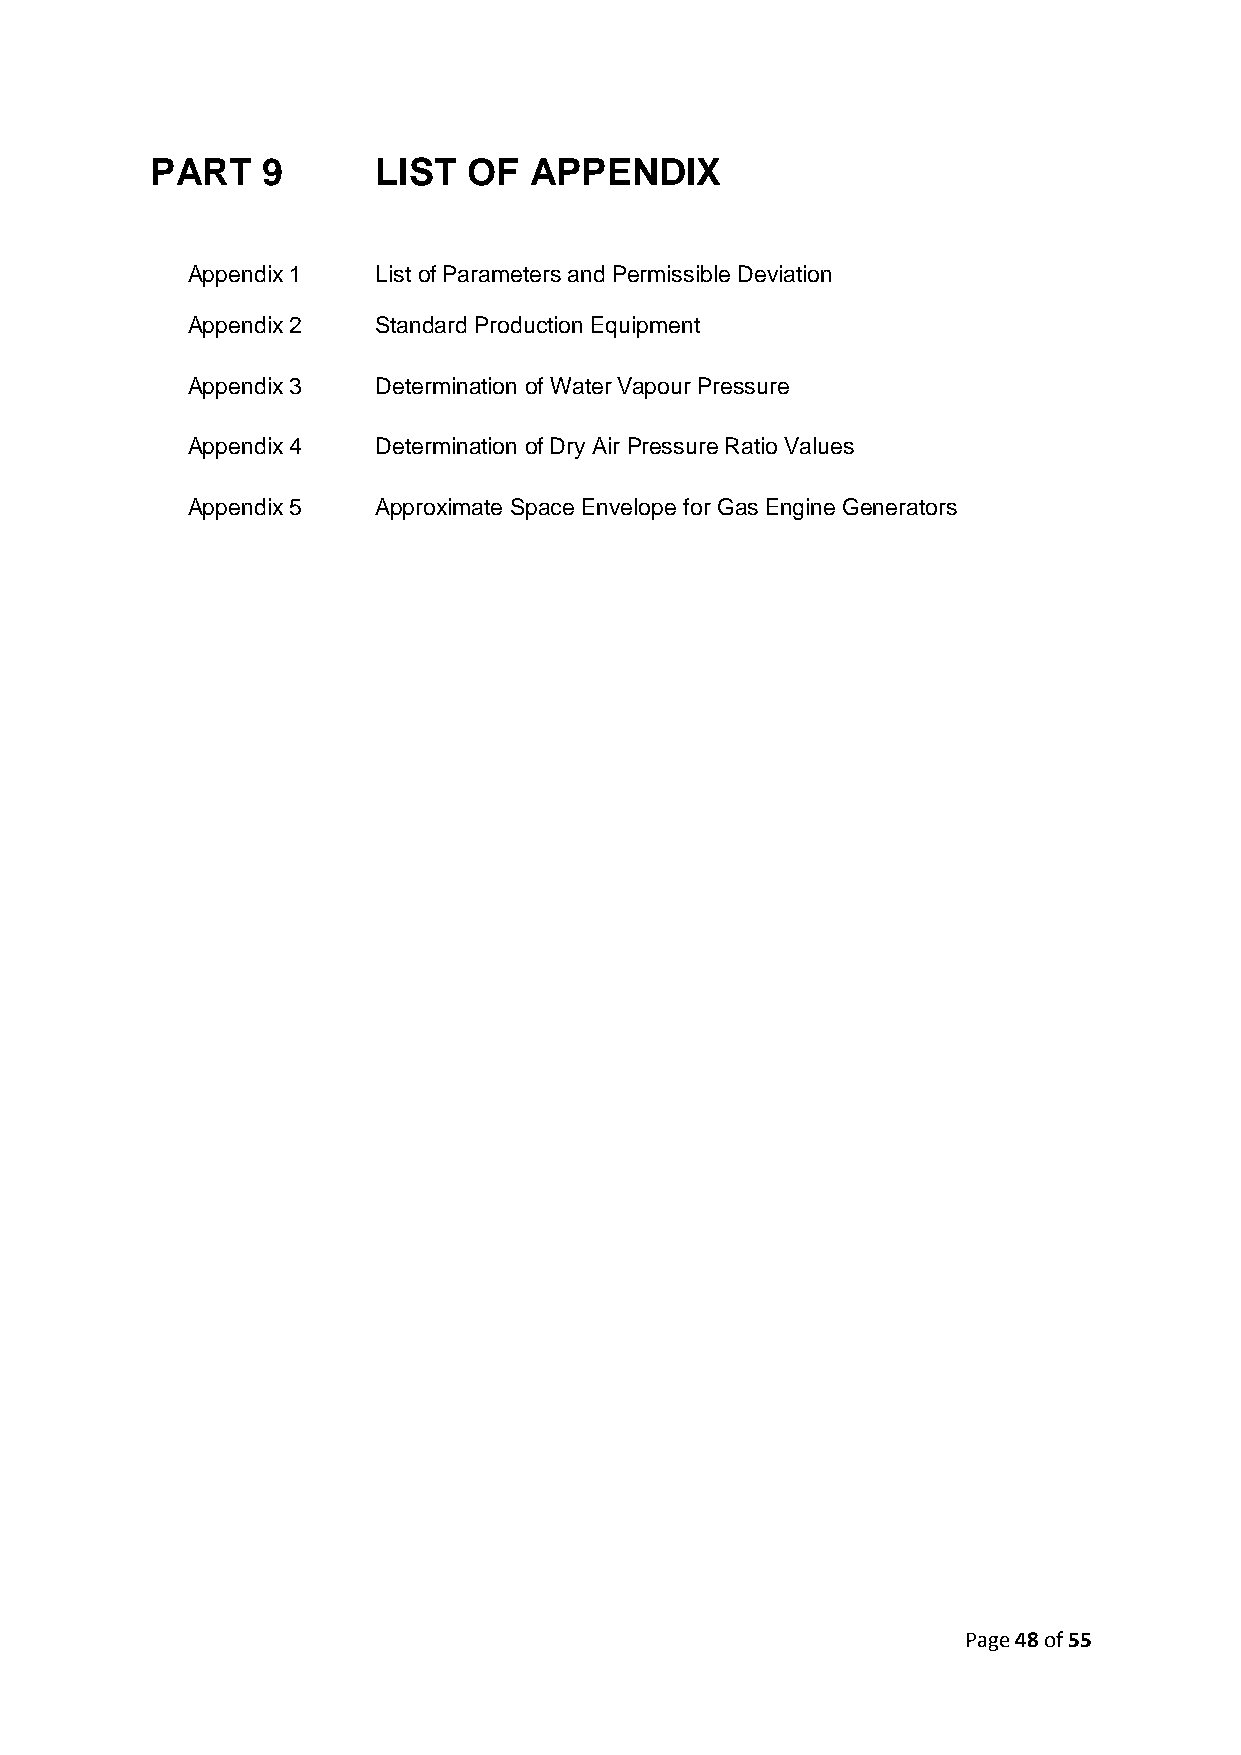
PART   9       LIST  OF  APPENDIX
 Appendix 1   List of Parameters and Permissible Deviation
 Appendix 2   Standard Production Equipment
 Appendix 3   Determination of Water Vapour Pressure
 Appendix 4   Determination of Dry Air Pressure Ratio Values
 Appendix 5   Approximate Space Envelope for Gas Engine Generators
 Page 48 of 55